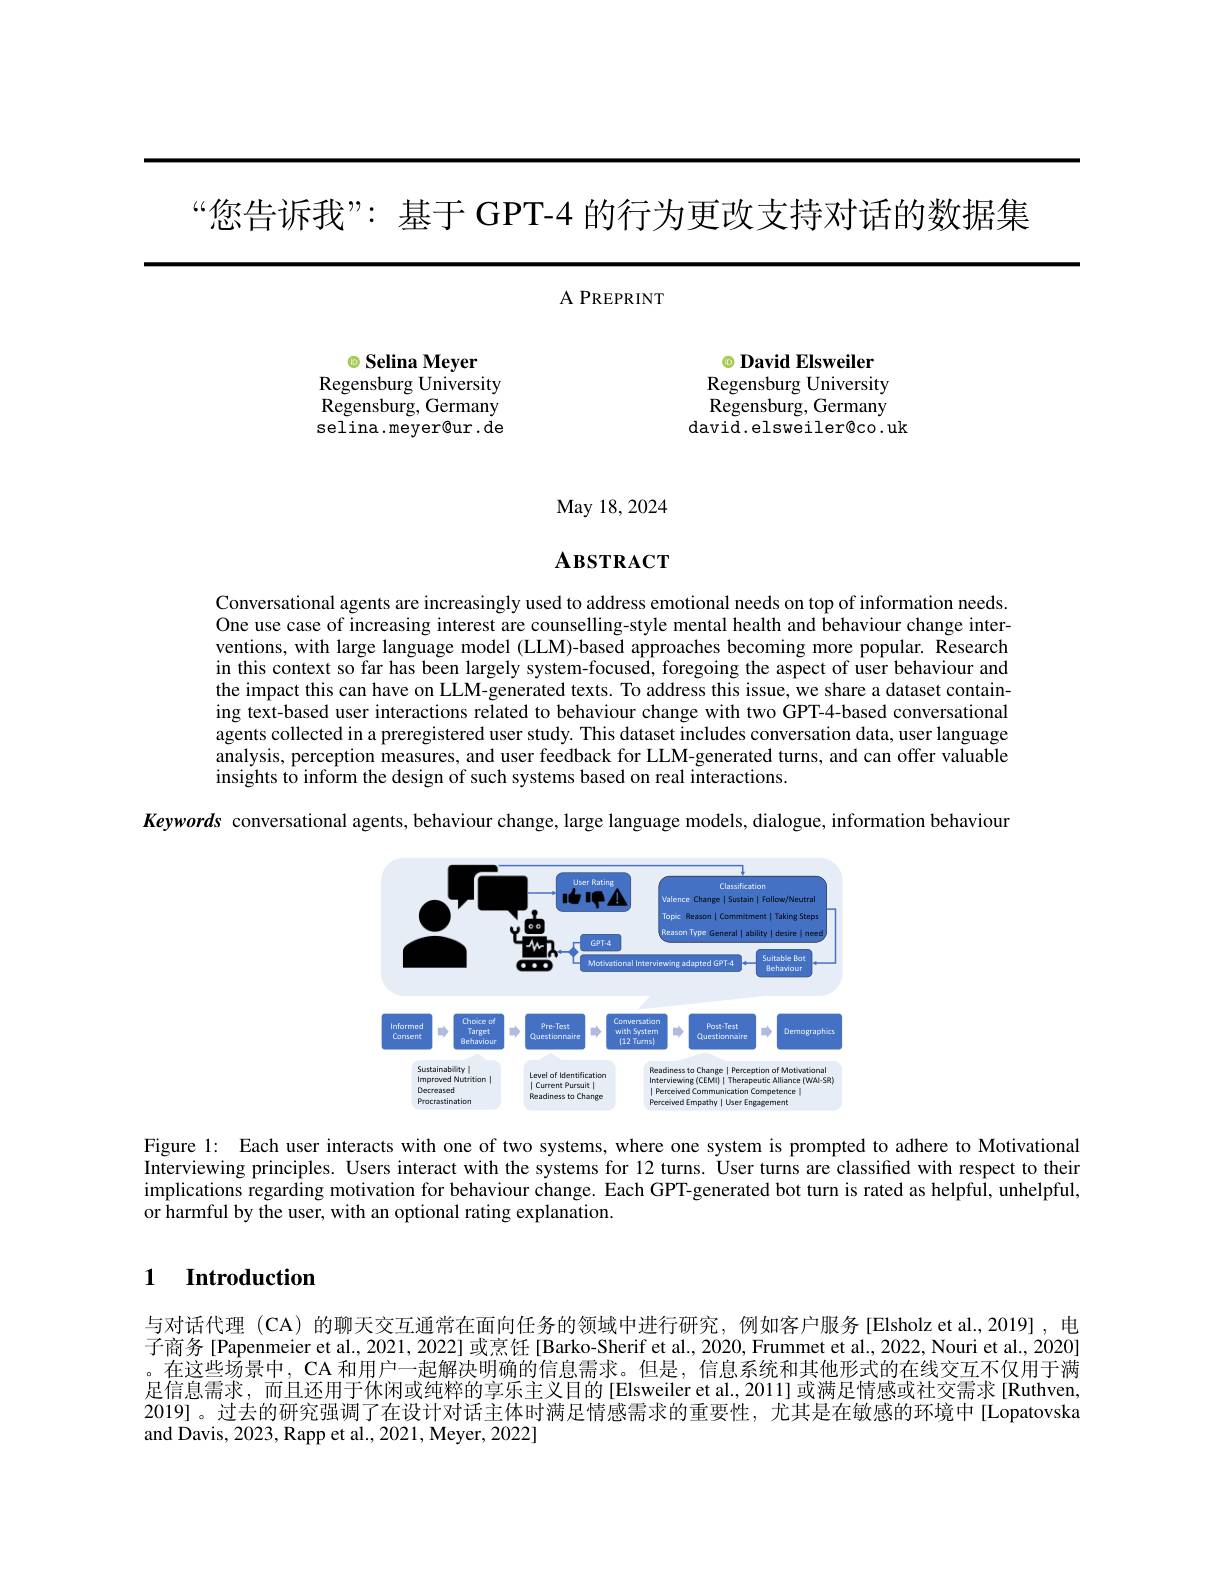
“您告诉我”: 基于 GPT-4 的行为更改支持对话的数据集

<FigureHere>

May 18, 2024

# $\mathbf{A}$взтRACT

Conversational agents are increasingly used to address emotional needs on top of information needs. One use case of increasing interest are counselling-style mental health and behaviour change interventions, with large language model (LLM)-based approaches becoming more popular. Research in this context so far has been largely system-focused, foregoing the aspect of user behaviour and the impact this can have on LLM-generated texts. To address this issue, we share a dataset containing text-based user interactions related to behaviour change with two GPT-4-based conversational agents collected in a preregistered user study. This dataset includes conversation data, user language analysis, perception measures, and user feedback for LLM-generated turns, and can offer valuable insights to inform the design of such systems based on real interactions.

Keywords conversational agents, behaviour change, large language models, dialogue, information behaviour

<FigureHere>

Figure l: Each user interacts with one of two systems, where one system is prompted to adhere to Motivational Interviewing principles. Users interact with the systems for 12 turns. User turns are classified with respect to their implications regarding motivation for behaviour change. Each GPT-generated bot turn is rated as helpful, unhelpful, or harmful by the user, with an optional rating explanation.

### $\textbf{1}$ $\textbf{Introduction}$

与对话代理(CA)的聊天交互通常在面向任务的领域中进行研究，例如客户服务[Elsholz et al.,2019],电子商务 [Papenmeier et al., 2021, 2022] 或烹饪 [Barko-Sherif et al., 2020, Frummet et al., 2022, Nouri et al., 2020] 。在这些场景中，CA 和用户一起解决明确的信息需求。但是，信息系统和其他形式的在线交互不仅用于满足信息需求，而且还用于休闲或纯粹的享乐主义目的[Elsweiler et al., 2011] 或满足情感或社交需求[Ruthven, 2019]。过去的研究强调了在设计对话主体时满足情感需求的重要性，尤其是在敏感的环境中[Lopatovska and Davis, 2023, Rapp et al., 2021, Meyer, 2022]